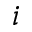
i